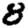
Digit: 8